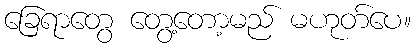
ခြေရာတွေ တွေ့တော့မည် မဟုတ်ပေ။